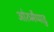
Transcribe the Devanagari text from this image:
ओरुमैप्पाडु